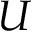
U